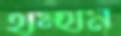
থম্‌থম্‌